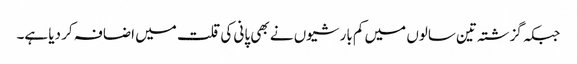
جبکہ گزشتہ تین سالوں میں کم بارشیوں نے بھی پانی کی قلت میں اضافہ کر دیا ہے۔